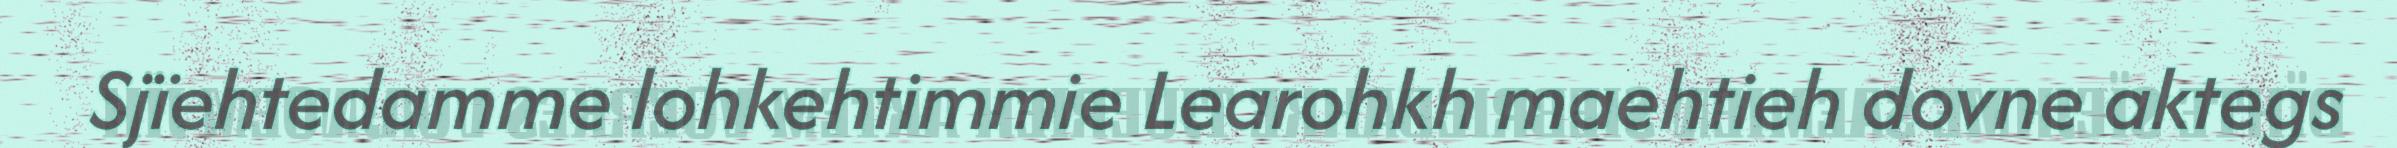
Sjïehtedamme lohkehtimmie Learohkh maehtieh dovne aktegs